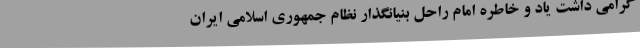
گرامی داشت یاد و خاطره امام راحل بنیانگذار نظام جمهوری اسلامی ایران